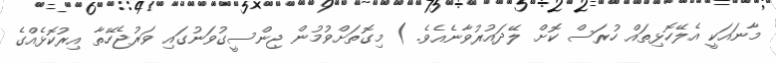
މާނައަކީ އެލޭހޮޅިތައް ހުރަސް ކޮށް ލޭދައުރުވާނެއެވެ. ) މިގޮތަށްވުމުން ޖިންސީގުވަނުގައި ވަރުޖެހޭތާ އިރުކޮޅެއްގެ